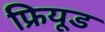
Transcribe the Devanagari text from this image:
फ्रियूड